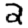
Digit: 2